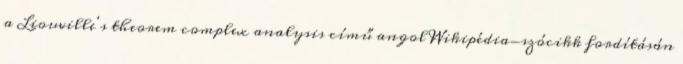
a Liouville's theorem complex analysis című angol Wikipédia-szócikk fordításán